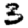
Digit: 3